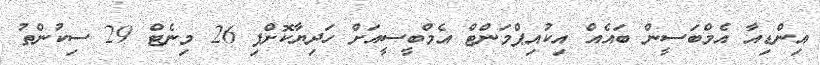
އިންޑިއާ އެމްބަސީން ބައެއް އިކުއިޕްމަންޓް އެމްބީސީއަށް ހަދިޔާކޮށްފި 26 މިނެޓް 29 ސިކުންތު